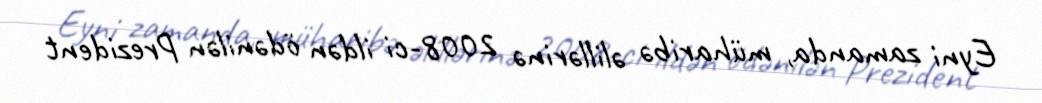
Eyni zamanda, müharibə əlillərinə 2008-ci ildən ödənilən Prezident